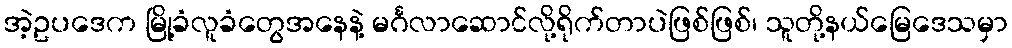
အဲ့ဥပဒေက မြို့ခံလူခံတွေအနေနဲ့ မင်္ဂလာဆောင်လို့ရိုက်တာပဲဖြစ်ဖြစ်၊ သူတို့နယ်မြေဒေသမှာ